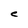
Character: C